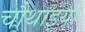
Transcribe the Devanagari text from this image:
चौथाइयों